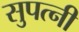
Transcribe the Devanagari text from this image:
सुपत्नी